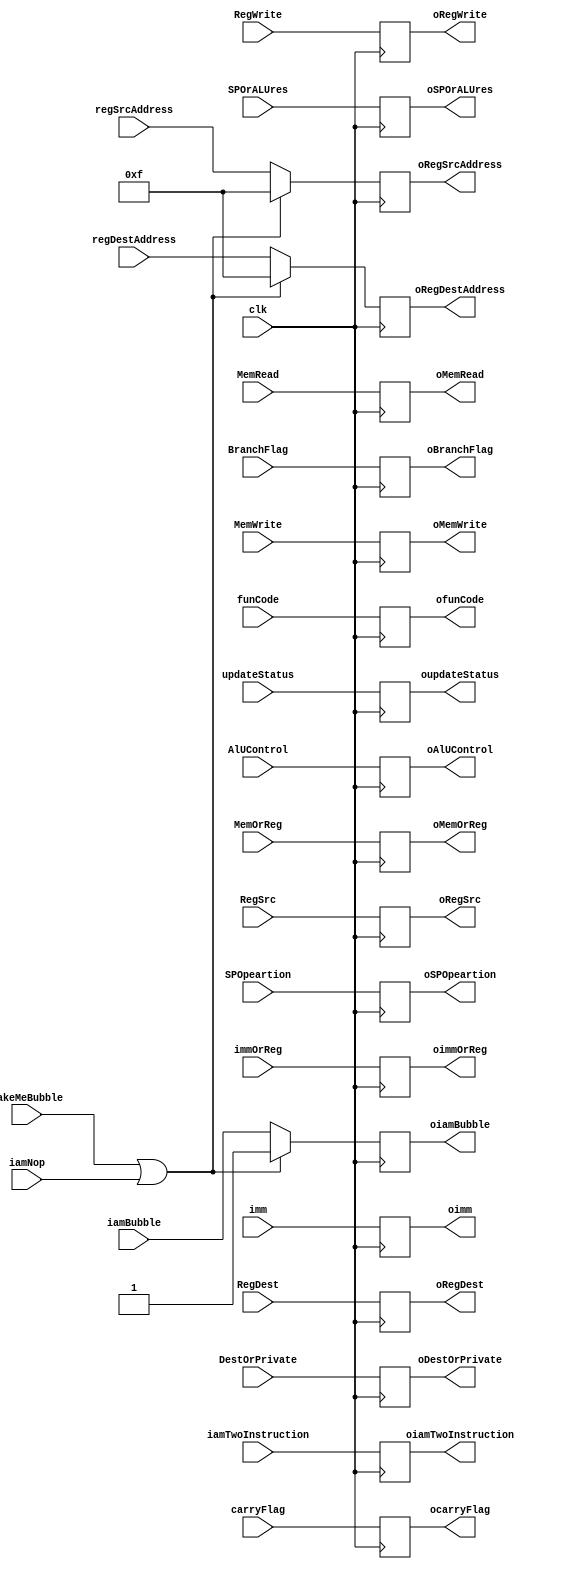
module IdExBuffer (
    input RegWrite,
    MemOrReg,
    DestOrPrivate,
    MemWrite,
    MemRead,
    clk,
    SPOrALUres,
    immOrReg,
    updateStatus,
    BranchFlag,
		makeMeBubble,
    iamTwoInstruction,
    iamBubble,
    iamNop,

    input [3:0] regDestAddress, regSrcAddress, AlUControl,
    input [2:0] funCode,
    input [15:0] RegSrc, RegDest, imm,
    input [1:0] SPOpeartion, carryFlag,
		
    output reg oRegWrite,
    oMemOrReg,
    oMemWrite,
    oMemRead,
    oDestOrPrivate,
    oSPOrALUres,
    oimmOrReg,
    oupdateStatus,
    oBranchFlag,
    oiamTwoInstruction,
    oiamBubble,
    output reg [3:0] oRegDestAddress, oRegSrcAddress, oAlUControl,
    output reg [15:0] oRegSrc, oRegDest, oimm,
    output reg [1:0] oSPOpeartion, ocarryFlag,
    output reg [2:0] ofunCode
);

  initial begin
    oRegWrite = 0;
    oMemOrReg = 0;
    oDestOrPrivate = 0;
    oRegDestAddress = 0;
    oRegSrcAddress = 0;
    oSPOpeartion = 0;
    oMemWrite = 0;
    oMemRead = 0;
    oSPOrALUres = 0;
    oRegSrc = 0;
    oRegDest = 0;
    oimmOrReg = 0;
    oupdateStatus = 0;
    oAlUControl = 0;
    ocarryFlag = 0;
    ofunCode = 0;
    oimm = 0;
    oBranchFlag = 0;
    oiamTwoInstruction = 0;
    oiamBubble=0;
  end

  always @(posedge clk) begin
    oRegWrite = RegWrite;
    oMemOrReg = MemOrReg;
    oDestOrPrivate = DestOrPrivate;
    oSPOpeartion = SPOpeartion;
    oMemWrite = MemWrite;
    oMemRead = MemRead;
    oSPOrALUres = SPOrALUres;
    oRegSrc = RegSrc;
    oRegDest = RegDest;
    oimmOrReg = immOrReg;
    oupdateStatus = updateStatus;
    oAlUControl = AlUControl;
    ocarryFlag = carryFlag;
    ofunCode = funCode;
    oimm = imm;
    oBranchFlag = BranchFlag;
    oiamTwoInstruction = iamTwoInstruction;

		if (makeMeBubble || iamNop) begin
			oRegDestAddress = 4'b1111;
			oRegSrcAddress = 4'b1111;
      oiamBubble = 1;
		end else begin
			oRegDestAddress = regDestAddress;
			oRegSrcAddress = regSrcAddress;
      oiamBubble = iamBubble;
		end
  end

endmodule